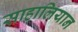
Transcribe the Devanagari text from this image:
साहालियान